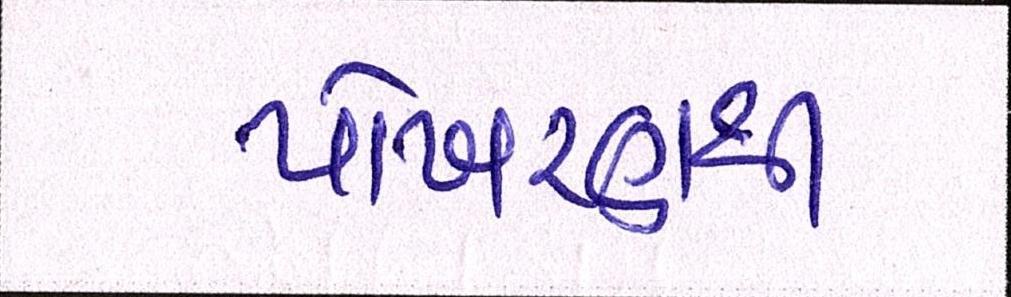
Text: પોખરણથી